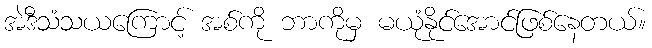
အဲဒီသံသယကြောင့် အစ်ကို ဘာကိုမှ မယုံနိုင်အောင်ဖြစ်နေတယ်။